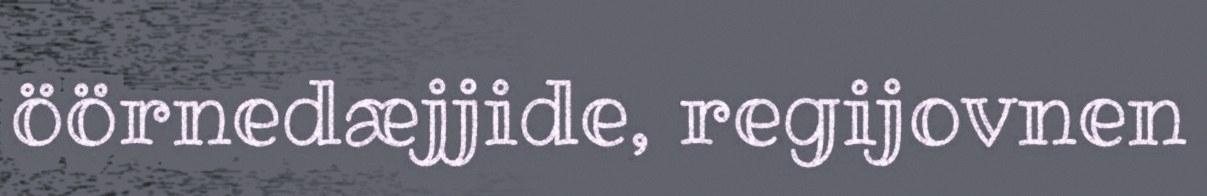
öörnedæjjide, regijovnen